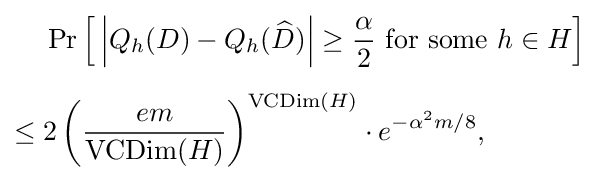
{\begin{aligned}&\Pr \left[\,\left|Q_{h}(D)-Q_{h}({\widehat {D}})\right|\geq {\frac {\alpha }{2}}{\text{ for some }}h\in H\right]\\[5pt]\leq {}&2\left({\frac {em}{\operatorname {VCDim} (H)}}\right)^{\operatorname {VCDim} (H)}\cdot e^{-\alpha ^{2}m/8},\end{aligned}}